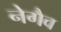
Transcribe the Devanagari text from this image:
नेगैव